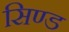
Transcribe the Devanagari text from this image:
सिण्ड